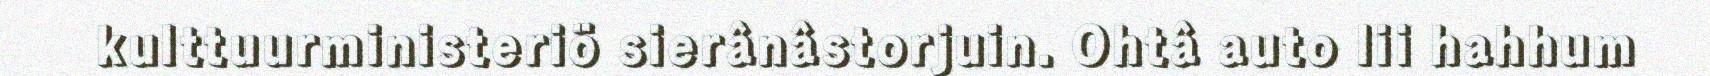
kulttuurministeriö sierânâstorjuin. Ohtâ auto lii hahhum